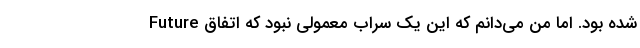
Future شده بود. اما من می‌دانم که این یک سراب معمولی نبود که اتفاق